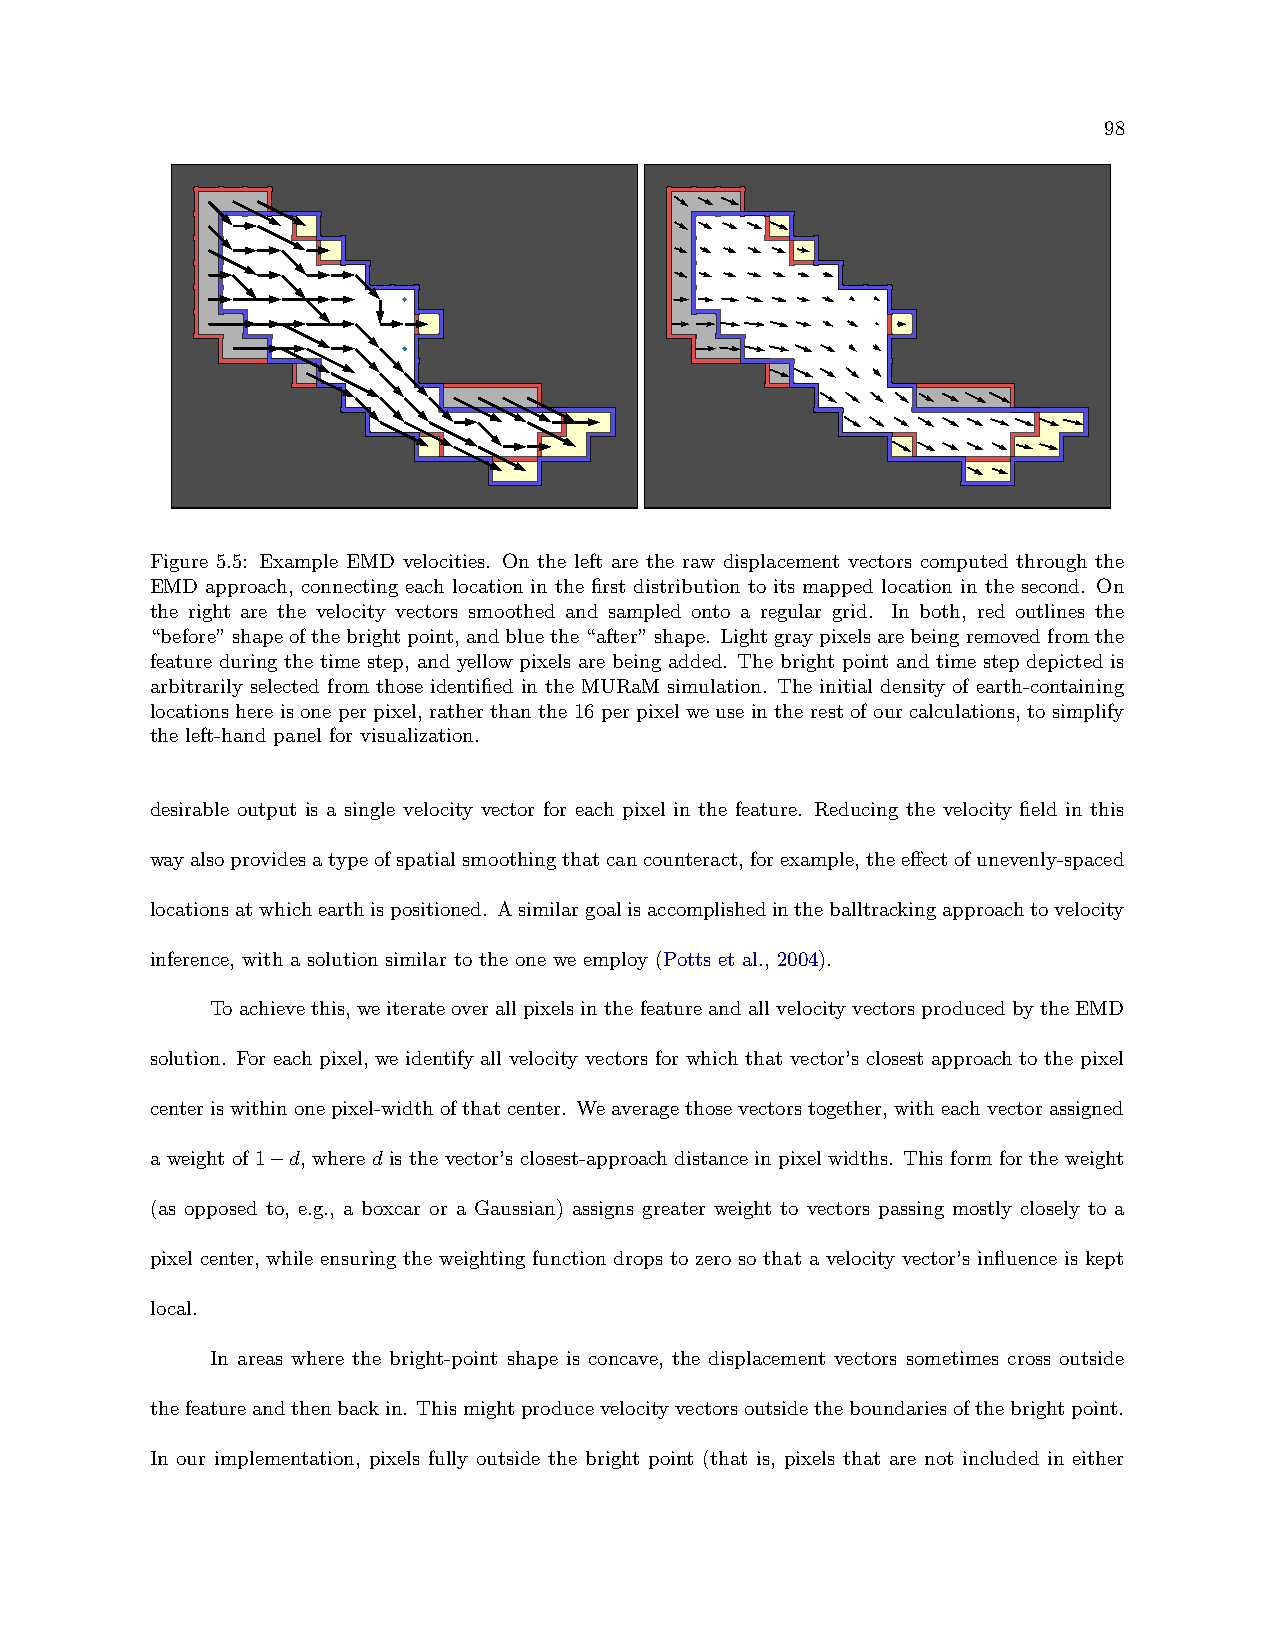
98
 Figure 5.5: Example EMD velocities. On the left are the raw displacement vectors computed through the
 EMD approach, connecting each location in the first distribution to its mapped location in the second. On
 the right are the velocity vectors smoothed and sampled onto a regular grid. In both, red outlines the
 “before”shapeofthebrightpoint,andbluethe“after”shape. Lightgraypixelsarebeingremovedfromthe
 feature during the time step, and yellow pixels are being added. The bright point and time step depicted is
 arbitrarily selected from those identified in the MURaM simulation. The initial density of earth-containing
 locations here is one per pixel, rather than the 16 per pixel we use in the rest of our calculations, to simplify
 the left-hand panel for visualization.
 desirable output is a single velocity vector for each pixel in the feature. Reducing the velocity field in this
 wayalsoprovidesatypeofspatialsmoothingthatcancounteract,forexample,theeffectofunevenly-spaced
 locationsatwhichearthispositioned. Asimilargoalisaccomplishedintheballtrackingapproachtovelocity
 inference, with a solution similar to the one we employ (Potts et al., 2004).
 Toachievethis, weiterateoverallpixelsinthefeatureandallvelocityvectorsproducedbytheEMD
 solution. For each pixel, we identify all velocity vectors for which that vector’s closest approach to the pixel
 centeriswithinonepixel-widthofthatcenter. Weaveragethosevectorstogether, witheachvectorassigned
 a weight of 1−d, where d is the vector’s closest-approach distance in pixel widths. This form for the weight
 (as opposed to, e.g., a boxcar or a Gaussian) assigns greater weight to vectors passing mostly closely to a
 pixel center, while ensuring the weighting function drops to zero so that a velocity vector’s influence is kept
 local.
 In areas where the bright-point shape is concave, the displacement vectors sometimes cross outside
 thefeatureandthenbackin. Thismightproducevelocityvectorsoutsidetheboundariesofthebrightpoint.
 In our implementation, pixels fully outside the bright point (that is, pixels that are not included in either